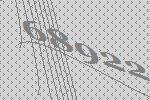
68922